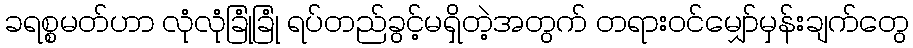
ခရစ္စမတ်ဟာ လုံလုံခြုံခြုံ ရပ်တည်ခွင့်မရှိတဲ့အတွက် တရားဝင်မျှော်မှန်းချက်တွေ